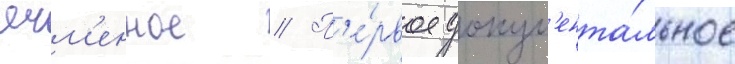
ячм'енное // П'е́рвое докум'ента́льное